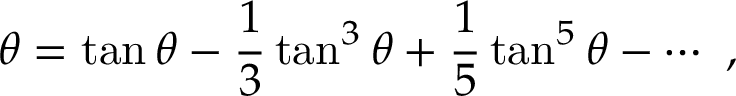
\theta = \tan \theta - { \frac { 1 } { 3 } } \tan ^ { 3 } \theta + { \frac { 1 } { 5 } } \tan ^ { 5 } \theta - \cdots \ ,